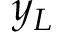
y _ { L }